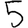
Digit: 5